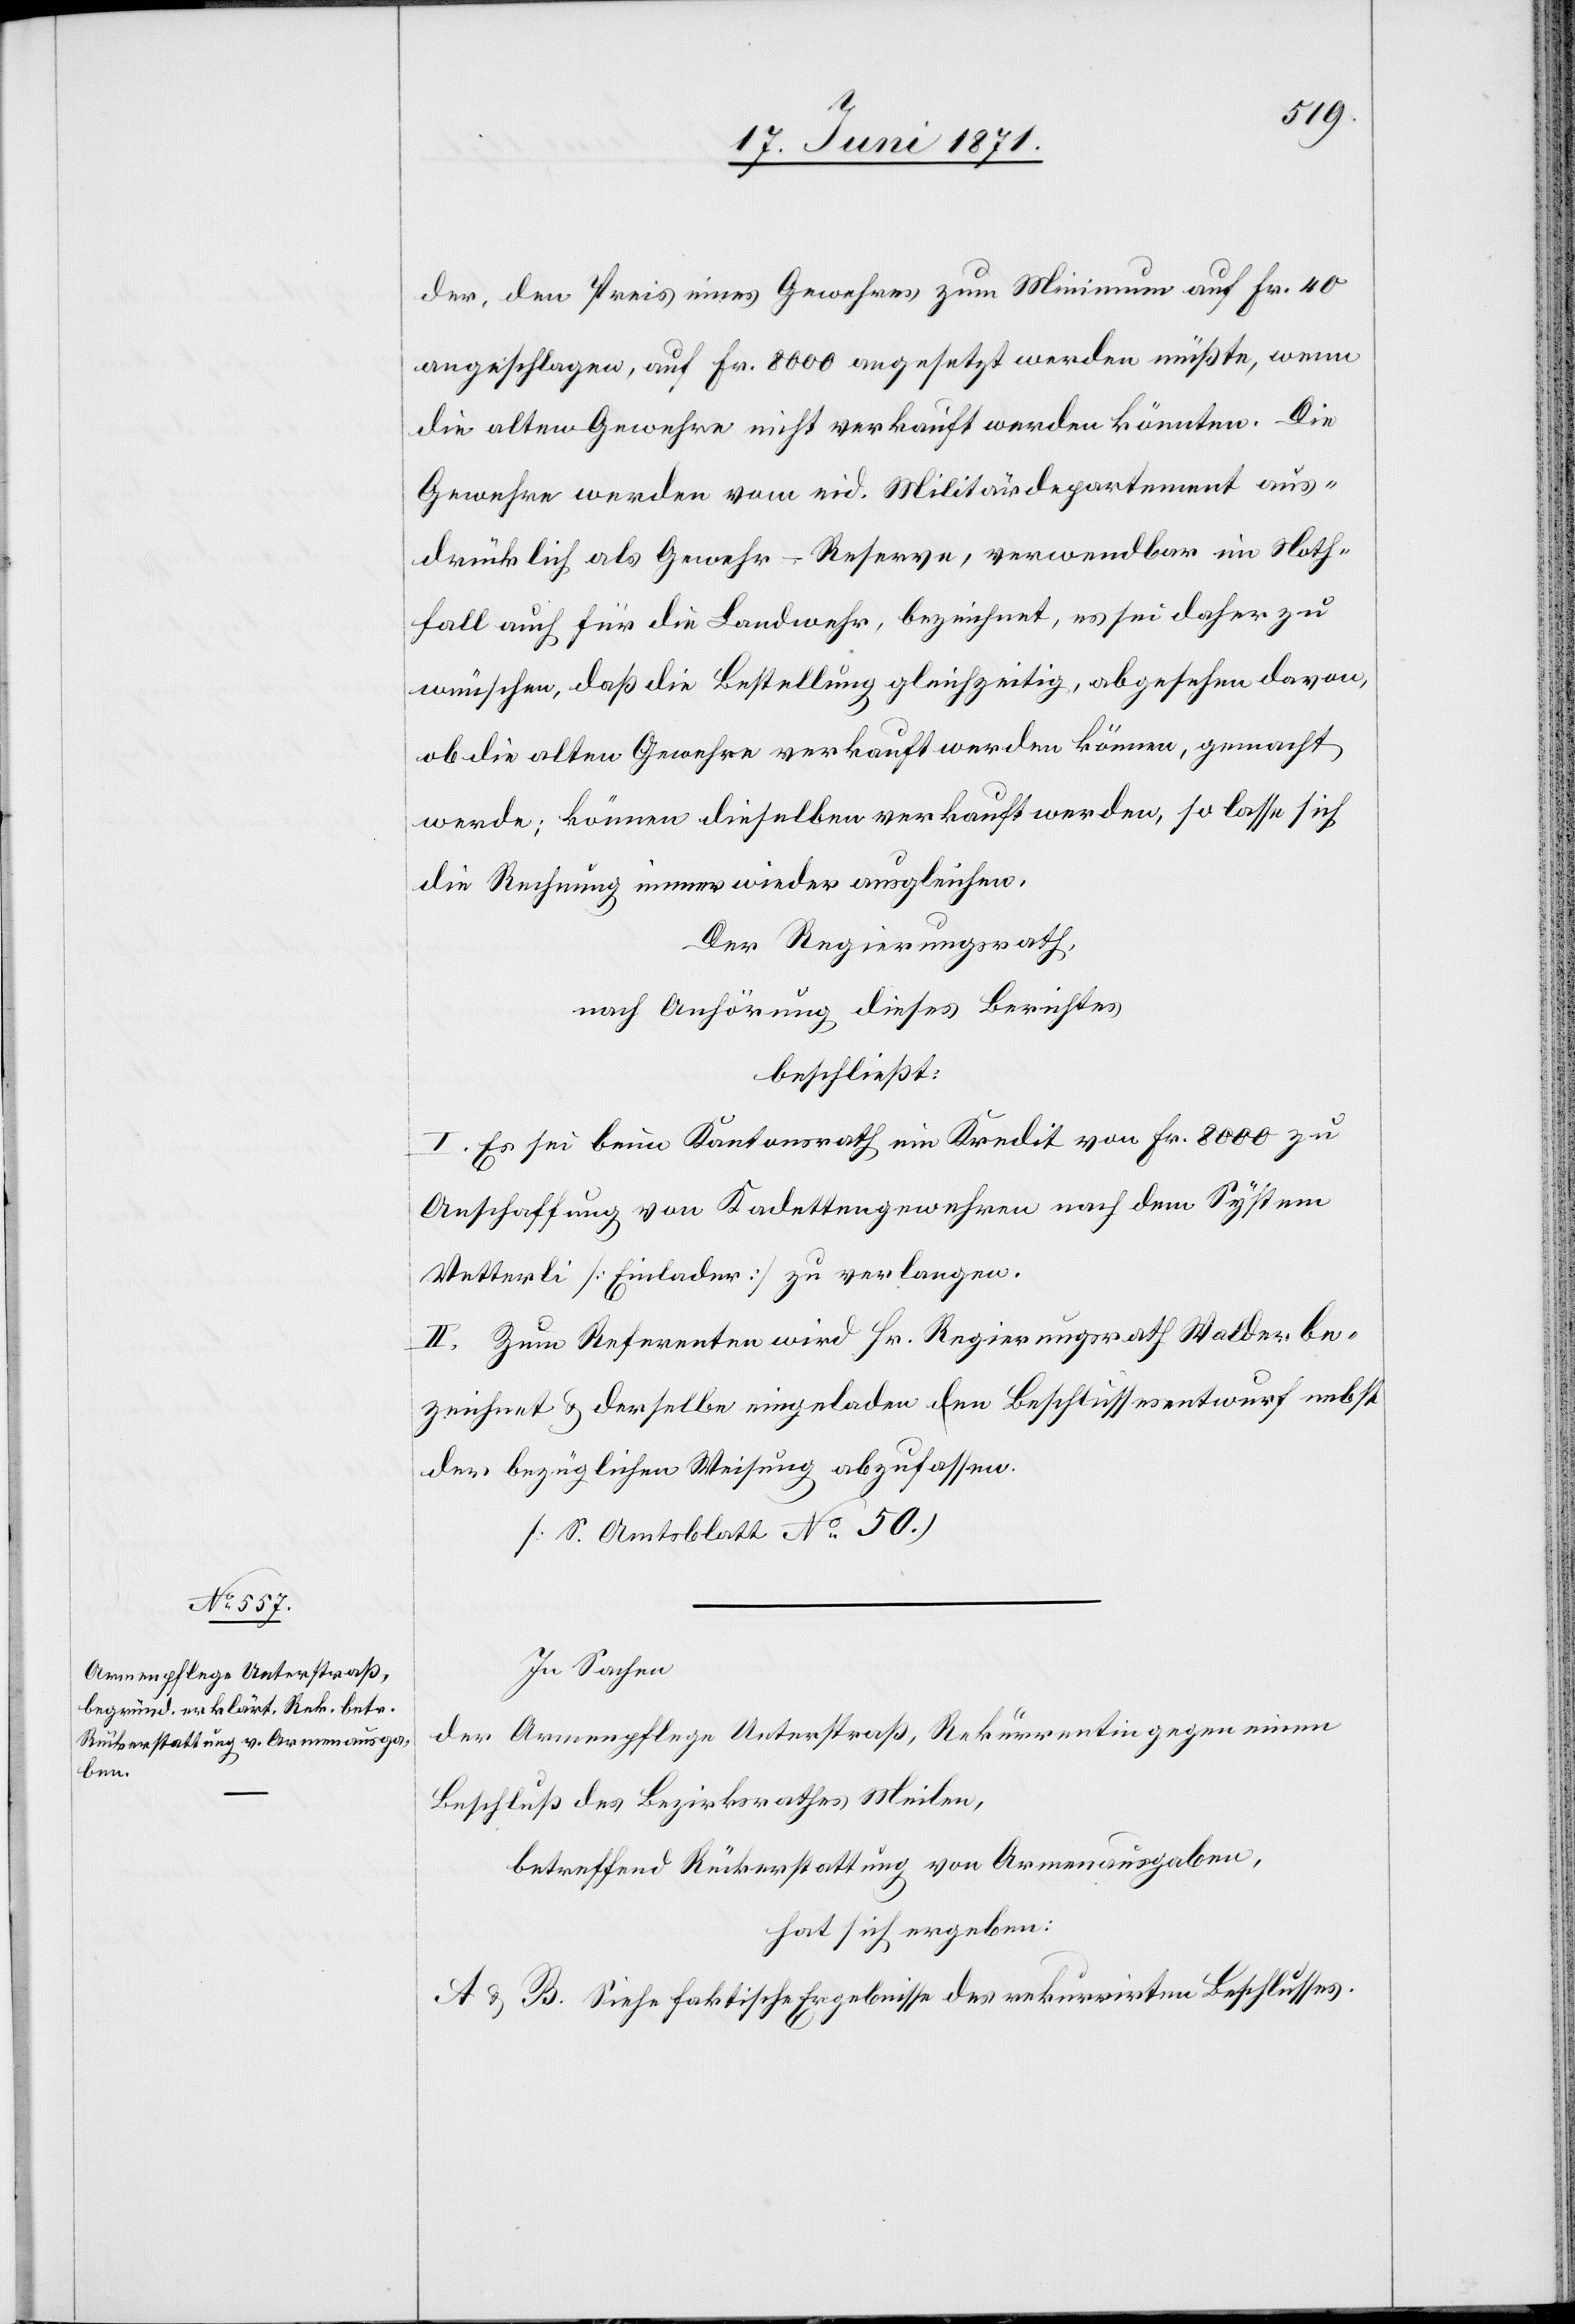
der, den Preis eines Gewehres zum Minimum auf Fr. 40
angeschlagen, auf Fr. 8000 angesetzt werden müßte, wenn
die alten Gewehre nicht verkauft werden könnten. Die
Gewehre werden vom eid. Militärdepartement aus¬
drücklich als Gewehr-Reserve, verwendbar im Noth¬
fall auch für die Landwehr, bezeichnet, es sei daher zu
wünschen, daß die Bestellung gleichzeitig, abgesehen davon,
ob die alten Gewehre verkauft werden können, gemacht
werden; können dieselben verkauft werden, so lasse sich
die Rechnung immer wieder ausgleichen.
Der Regierungsrath,
nach Anhörung dieses Berichtes
beschließt:
I. Es sei beim Kantonsrath ein Kredit von Fr. 8000 zu
Anschaffung von Kadettengewehren nach dem System
Vetterli [Einlader] zu verlangen.
II. Zum Referenten wird Hr. Regierungsrath Walder be¬
zeichnet u. derselbe eingeladen den Beschlussesentwurf nebst
der bezüglichen Weisung abzufassen.
[S. Amtsblatt No. 50.]
In Sachen
der Armenpflege Unterstraß, Rekurrentin gegen einen
Beschluß des Bezirksrathes Meilen,
betreffend Rückerstattung von Armenausgaben,
hat sich ergeben:
A u. B. Siehe faktische Ergebnisse des rekurrirten Beschlusses.